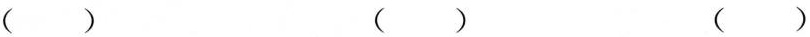
() () ()